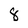
Character: 8